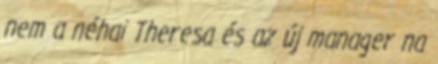
nem a néhai Theresa és az új manager na